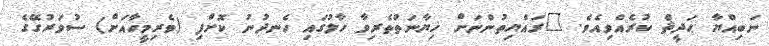
ނަބިއްޔާ ޙަދީޘް ކުރެއްވިއެވެ. "ރައްޔިތުންނަށް ޚިޔާނަތްތެރިވާ ހާލުގައި ހެނދުނު ކޮށްފި (ވެރިމީހާއަށް) ސުވަރުގޭގެ